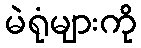
မဲရုံများကို